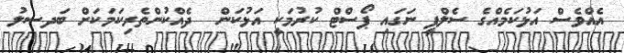
އެއްވެސް އަޅުކަމެއްގެ ސެލްފީ ނަގައި ޕޯސްޓް ކުރުމަކީ އަޅުކަން  ދެއްކުންތެރިކަމަކަށް ބަދސލު